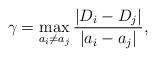
LaTeX: \begin{align*}\gamma = \max_{a_i\ne a_j} \frac { |D_i - D_j|}{|a_i -a_j|}, \end{align*}